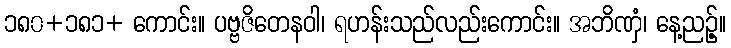
၁၈၀+၁၈၁+ ကောင်း။ ပဗ္ဗဇိတေနဝါ၊ ရဟန်းသည်လည်းကောင်း။ အဘိဏှံ၊ နေ့ညဉ့်။